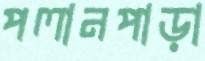
পলানপাড়া